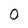
Character: O